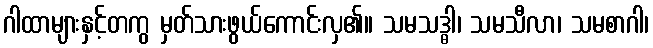
ဂါထာများနှင့်တကွ မှတ်သားဖွယ်ကောင်းလှ၏။ သမသဒ္ဓါ၊ သမသီလာ၊ သမစာဂါ၊